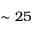
\sim 2 5